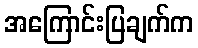
အကြောင်းပြချက်က